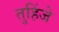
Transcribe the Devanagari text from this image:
तुहिंजे